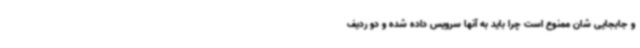
و جابجایی شان ممنوع است چرا باید به آنها سرویس داده شده و دو ردیف